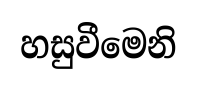
හසුවීමෙනි